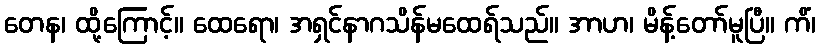
တေန၊ ထို့ကြောင့်။ ထေရော၊ အရှင်နာဂသိန်မထေရ်သည်။ အာဟ၊ မိန့်တော်မူပြီ။ ကိံ၊